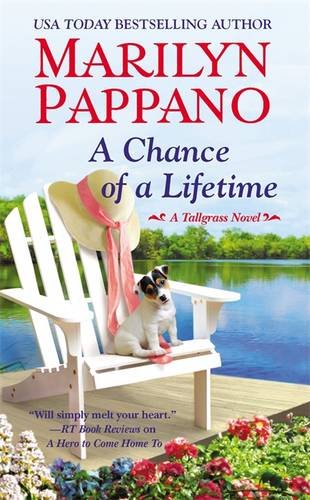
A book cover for A Chance of a Lifetime (A Tallgrass Novel); Marilyn Pappano; Romance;